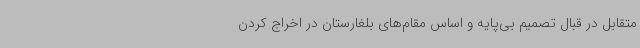
متقابل در قبال تصمیم بی‌پایه و اساس مقام‌های بلغارستان در اخراج کردن